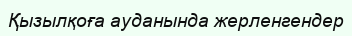
Қызылқоға ауданында жерленгендер